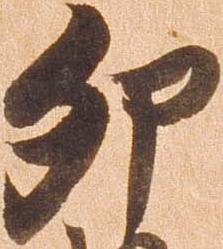
卯